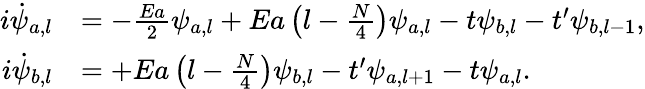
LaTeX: \begin{array}{rl}{i\dot{\psi}_{a,l}}&{=-\frac{Ea}{2}\psi_{a,l}+Ea\left(l-\frac{N}{4}\right)\psi_{a,l}-t\psi_{b,l}-t^{\prime}\psi_{b,l-1},}\\ {i\dot{\psi}_{b,l}}&{=+Ea\left(l-\frac{N}{4}\right)\psi_{b,l}-t^{\prime}\psi_{a,l+1}-t\psi_{a,l}.}\end{array}